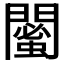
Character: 𨶣